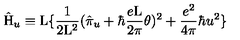
\hat { \mathrm { H } } _ { u } \equiv \mathrm { L } \{ \frac { 1 } { 2 \mathrm { L } ^ { 2 } } ( \hat { \pi } _ { u } + \hbar \frac { e \mathrm { L } } { 2 \pi } \theta ) ^ { 2 } + \frac { e ^ { 2 } } { 4 \pi } \hbar u ^ { 2 } \}